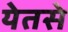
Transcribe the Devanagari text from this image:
येतसे